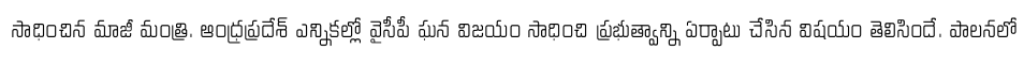
సాధించిన మాజీ మంత్రి. ఆంధ్రప్రదేశ్ ఎన్నికల్లో వైసీపీ ఘన విజయం సాధించి ప్రభుత్వాన్ని ఏర్పాటు చేసిన విషయం తెలిసిందే. పాలనలో